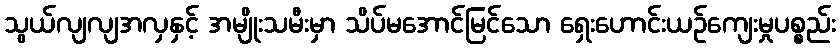
သွယ်လျလျအလှနှင့် အမျိုးသမီးမှာ သိပ်မအောင်မြင်သော ရှေးဟောင်းယဉ်ကျေးမှုပစ္စည်း